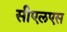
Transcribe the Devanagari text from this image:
सीएलएस